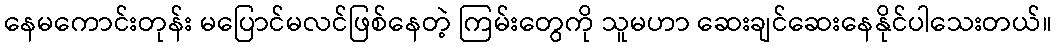
နေမကောင်းတုန်း မပြောင်မလင်ဖြစ်နေတဲ့ ကြမ်းတွေကို သူမဟာ ဆေးချင်ဆေးနေနိုင်ပါသေးတယ်။